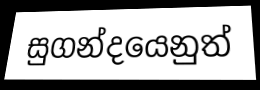
සුගන්දයෙනුත්